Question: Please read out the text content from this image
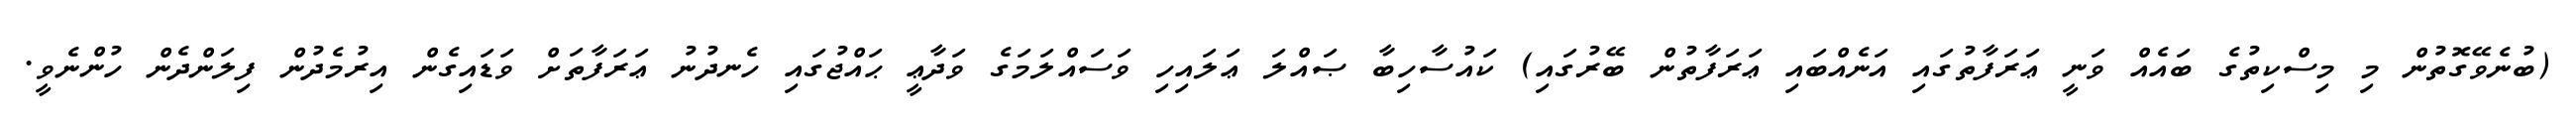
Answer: (ބުނެވޭގޮތުން މި މިސްކިތުގެ ބައެއް ވަނީ ޢަރަފާތުގައި އަނެއްބައި ޢަރަފާތުން ބޭރުގައި) ކައުސާހިބާ ޞައްލަ ޢަލައިހި ވަސައްލަމަގެ ވަދާޢީ ޙައްޖުގައި ހެނދުނު ޢަރަފާތަށް ވަޑައިގެން އިރުމެދުން ފިލަންދެން ހުންނެވީ.